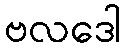
ဗလဒေါ